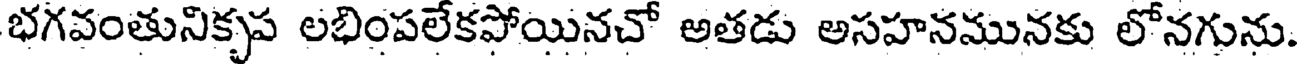
భగవంతునికృప లభింపలేకపోయినచో అతడు అసహనమునకు లోనగును.